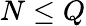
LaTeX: N\leq Q